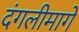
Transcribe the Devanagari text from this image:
दंगलीमागे